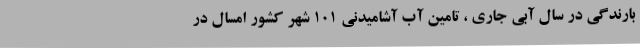
بارندگی در سال آبی جاری ، تامین آب آشامیدنی ۱۰۱ شهر کشور امسال در